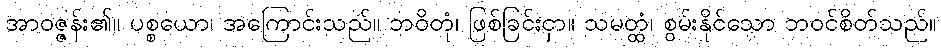
အာဝဇ္ဇန်း၏။ ပစ္စယော၊ အကြောင်းသည်။ ဘဝိတုံ၊ ဖြစ်ခြင်းငှာ။ သမတ္ထံ၊ စွမ်းနိုင်သော ဘဝင်စိတ်သည်။